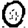
Digit: 0